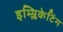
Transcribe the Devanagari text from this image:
इम्प्लिकेटिंग